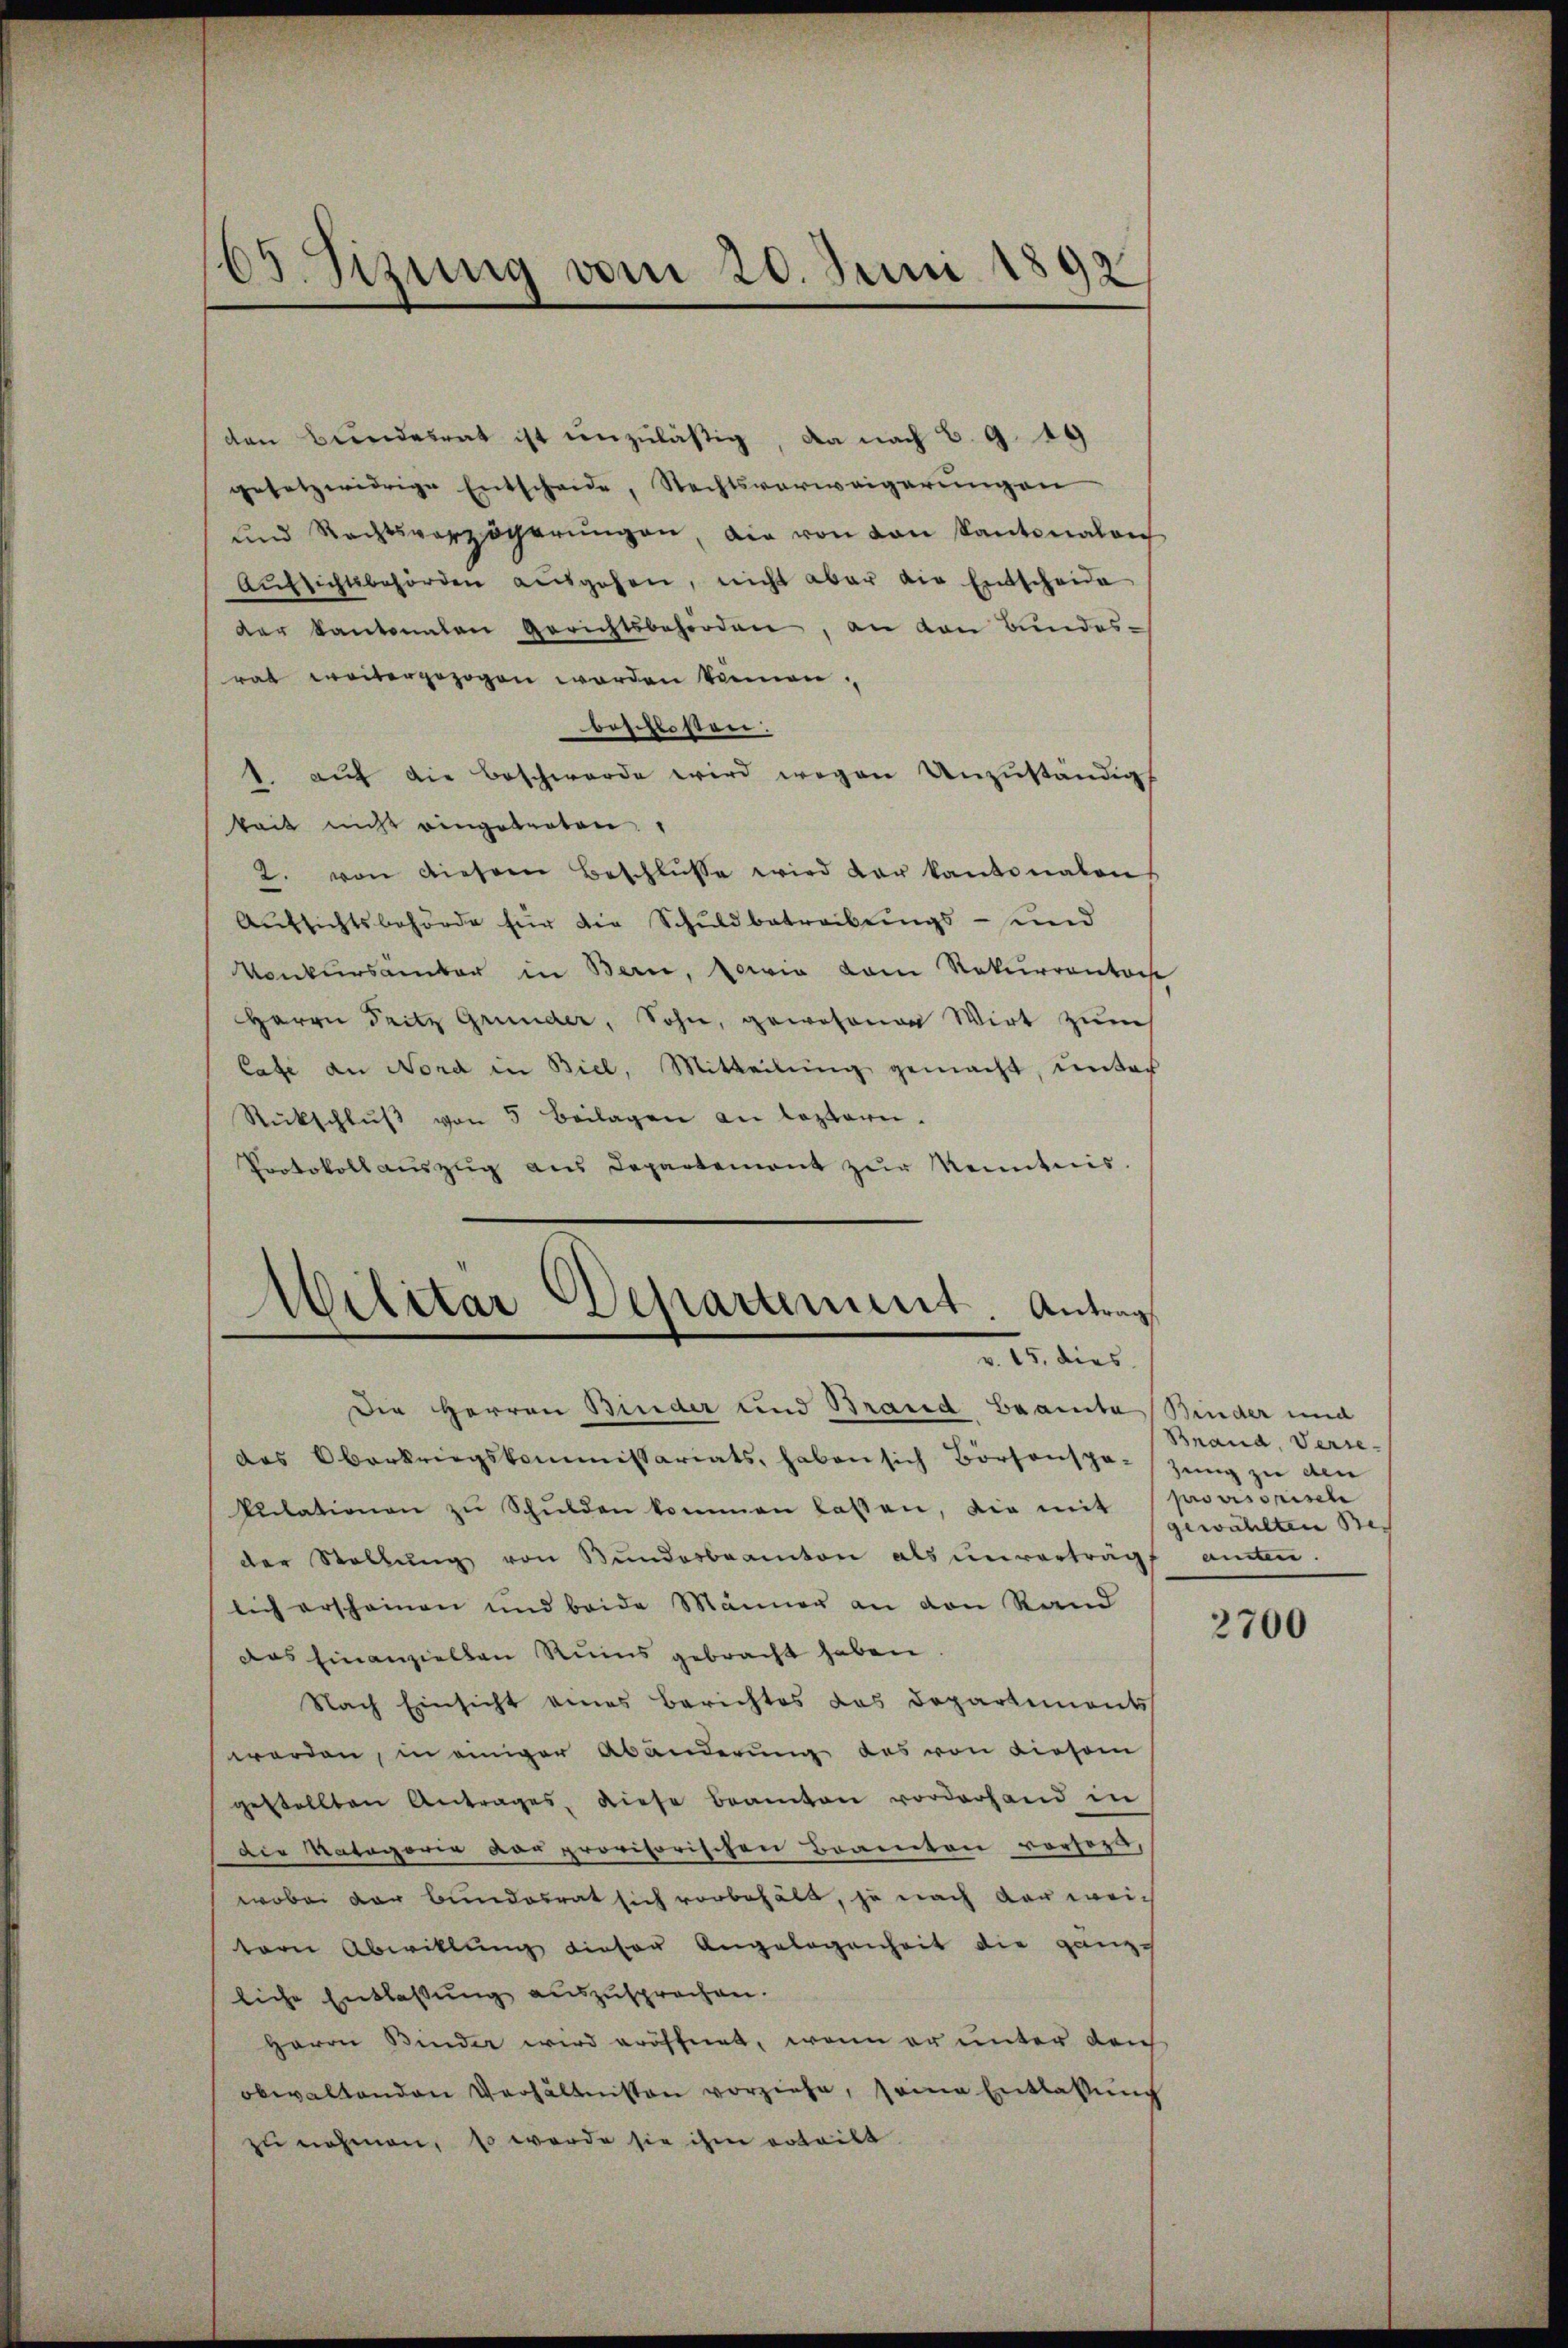
65 Sizung vom 20. Juni 1893

den Bundesrat ist unzuläßig, da nach C. 9. 19
gesetzwidrige Entscheide, Rechtsverweigerungen
und Rechtsverzögerŭngen, die von von Kantonalen
Aŭfsichtsbehörden aŭsgehen, nicht aber die Entscheide
der Kantonalen Gerichtsbehörden, an den Bundes-
rat weitergezogen worden können,
beschlossen:
1. aŭf die Beschwerde wird wegen Unzŭständigs
keit nicht eingebraten.
2. von diesern Beschlüsse wird der kantonalen
Aufsichtsbehörde für die Schuldbetreibungs- und
Konkursämter in Bern, sowie dem Rekurrentars
Herrn Seitz Grunder, Sohn, gewesenen Wirt zum
lafe an Nord in Biel, Mitteilung gemacht, unter
Rückschlŭβ von 5 Beilagen an leztern.
Protokoll aŭszŭg ans Departement zŭr Kenntnis.

Militar Departement. Antrag
I. dies

Die Herren Binder und Brand Beamte
das Oberkriegskommissariats, haben sich Börsenspa-Zŭng zu den
kŭlationen zŭ Schŭlden kommen lassen, die mit
der Stellŭng von Bŭndesbeamten als unvertrag
lich erscheinen und beide Männer an von Rand
Das Einanziellen Ruins gebracht haben.
Nach Einsicht eines Berichtes das Departements
worden, in einiger Abänderung des von diesem
gestellten Antrages, diese Beamten vorderhand in
Die Natagorie der provisorischen Beamten vorsezt,
wobei der Bundesrat sich vorbehält, je nach der wei-
tern Abwitlung dieser Angelegenheit die ganze
liche Entlassung auszusprochen.
Herrn Binder wird eröffnet, wenn er unter den
obwaltenden Verhältnissen vorziehe, seine Entlassŭng
zu nehmen, so werde sie ihm erteilt.

Binder und
Brand, Verse
par auspiele
gewählten Beann.

2700